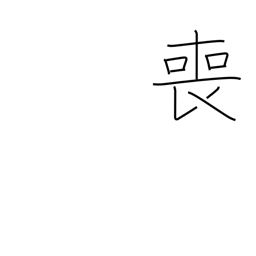
Meaning: miss